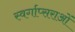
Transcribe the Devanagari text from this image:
स्वर्गाप्सराओं